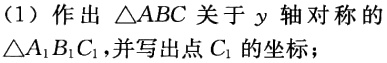
（1）作出$\triangle ABC$关于$y$轴对称的$\triangle A_{1}B_{1}C_{1}$,并写出点$C_{1}$的坐标；